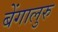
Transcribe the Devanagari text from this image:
बेंगालुरु